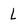
Character: L